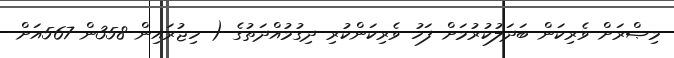
މިޞްރަށް ވެރިކަން ބަދަލުކުރުމަށް ފަހު ވެރިކަންކުރި ދިގުމުއްދަތުގެ ( ހިޖުރައިން 358ން 567އަށް